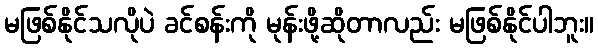
မဖြစ်နိုင်သလိုပဲ ခင်စန်းကို မုန်းဖို့ဆိုတာလည်း မဖြစ်နိုင်ပါဘူး။